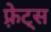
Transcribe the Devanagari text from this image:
फ़्रेट्स